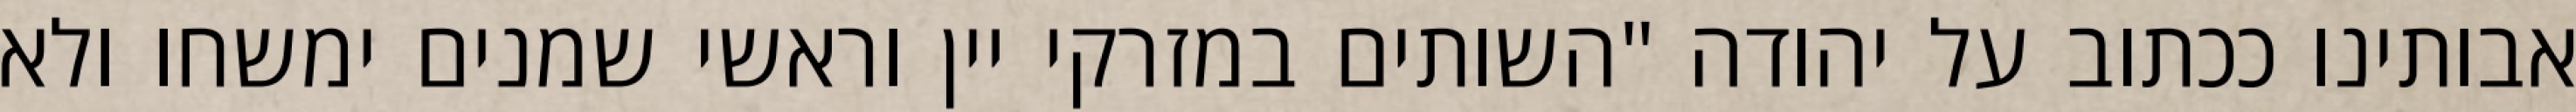
אבותינו ככתוב על יהודה "השותים במזרקי יין וראשי‏ שמנים ימשחו ולא